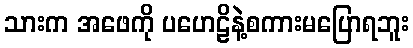
သားက အဖေကို ပဟေဠိနဲ့စကားမပြောရဘူး